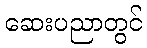
ဆေးပညာတွင်